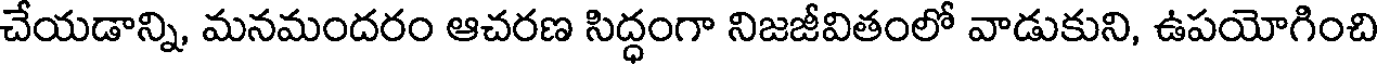
చేయడాన్ని, మనమందరం ఆచరణ సిద్ధంగా నిజజీవితంలో వాడుకుని, ఉపయోగించి